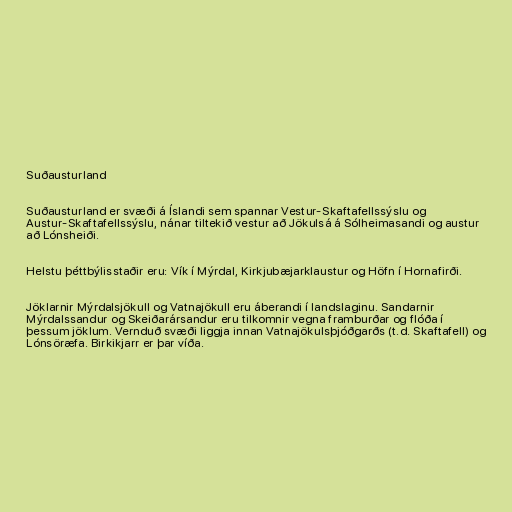
Suðausturland

Suðausturland er svæði á Íslandi sem spannar Vestur-Skaftafellssýslu og
Austur-Skaftafellssýslu, nánar tiltekið vestur að Jökulsá á Sólheimasandi og austur
að Lónsheiði.

Helstu þéttbýlisstaðir eru: Vík í Mýrdal, Kirkjubæjarklaustur og Höfn í Hornafirði.

Jöklarnir Mýrdalsjökull og Vatnajökull eru áberandi í landslaginu. Sandarnir
Mýrdalssandur og Skeiðarársandur eru tilkomnir vegna framburðar og flóða í
þessum jöklum. Vernduð svæði liggja innan Vatnajökulsþjóðgarðs (t.d. Skaftafell) og
Lónsöræfa. Birkikjarr er þar víða.